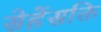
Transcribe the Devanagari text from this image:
सेहेंसक्ति